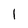
Character: l